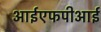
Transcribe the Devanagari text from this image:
आईएफपीआई